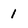
Character: 1